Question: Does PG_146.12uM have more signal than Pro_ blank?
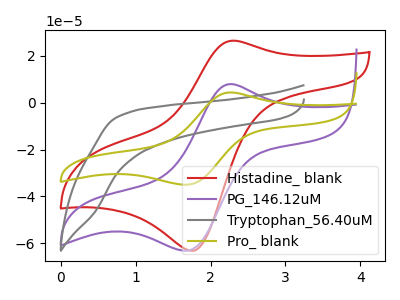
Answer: <think>The red curve "Histadine_ blank" has an anodic peak at (2.30V, 26.50uA) and a cathodic peak at (1.80V, -63.15uA). The purple curve "PG_146.12uM" has an anodic peak at (2.25V, 8.00uA) and a cathodic peak at (1.70V, -63.10uA). The gray curve "Tryptophan_56.40uM" has no peaks. The olive curve "Pro_ blank" has an anodic peak at (2.25V, 4.40uA) and a cathodic peak at (1.70V, -34.95uA).
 All the peaks in "PG_146.12uM" have a peak in "Pro_ blank" at the same potential. Every peak in "PG_146.12uM" is higher than every peak in "Pro_ blank".</think>
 <answer>"PG_146.12uM" has more signal than "Pro_ blank".</answer>
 <eval>more_signal</eval>